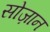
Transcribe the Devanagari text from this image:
सोज़ान